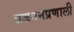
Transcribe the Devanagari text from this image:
प्रजननप्रणाली